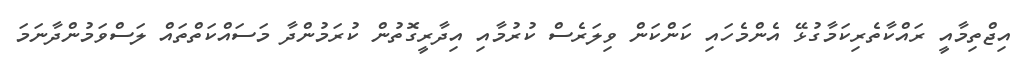
އިޖްތިމާއީ ރައްކާތެރިކަމާގުޅޭ އެންމެހައި ކަންކަން ވިލަރެސް ކުރުމާއި އިދާރީގޮތުން ކުރަމުންދާ މަސައްކަތްތައް ލަސްވަމުންދާނަމަ